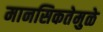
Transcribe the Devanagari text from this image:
मानसिकतेमुळे